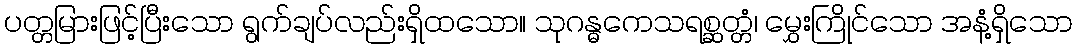
ပတ္တမြားဖြင့်ပြီးသော ရွက်ချပ်လည်းရှိထသော။ သုဂန္ဓကေသရစ္ဆတ္တံ၊ မွှေးကြိုင်သော အနံ့ရှိသော